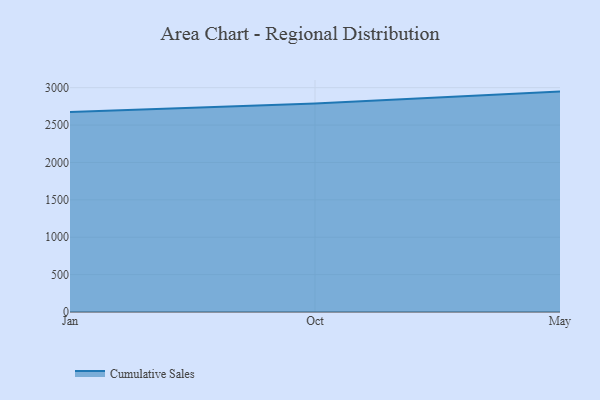
{"axis": {"x": "Month", "y": "Shipments"}, "legend": ["Cumulative Sales"], "data": [{"x": "Jan", "y": 2673.6, "type": "Cumulative Sales"}, {"x": "Oct", "y": 2787.6, "type": "Cumulative Sales"}, {"x": "May", "y": 2947.4, "type": "Cumulative Sales"}]}